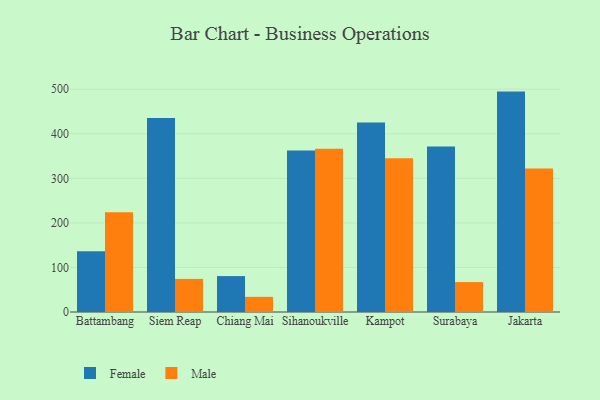
{"axis": {"x": "City", "y": "Operating Costs (USD K)"}, "legend": ["Female", "Male"], "data": [{"x": "Battambang", "y": 136.6, "type": "Female"}, {"x": "Battambang", "y": 223.9, "type": "Male"}, {"x": "Siem Reap", "y": 435.3, "type": "Female"}, {"x": "Siem Reap", "y": 74.3, "type": "Male"}, {"x": "Chiang Mai", "y": 80.6, "type": "Female"}, {"x": "Chiang Mai", "y": 34.0, "type": "Male"}, {"x": "Sihanoukville", "y": 362.3, "type": "Female"}, {"x": "Sihanoukville", "y": 366.5, "type": "Male"}, {"x": "Kampot", "y": 425.1, "type": "Female"}, {"x": "Kampot", "y": 345.2, "type": "Male"}, {"x": "Surabaya", "y": 371.5, "type": "Female"}, {"x": "Surabaya", "y": 67.2, "type": "Male"}, {"x": "Jakarta", "y": 494.7, "type": "Female"}, {"x": "Jakarta", "y": 321.9, "type": "Male"}]}